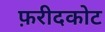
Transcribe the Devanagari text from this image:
फ़रीदकोट